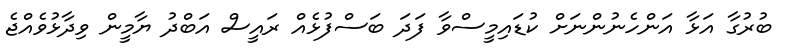
ބުރުގާ އަޅާ އަންހެނުންނަށް ކުޑައިމީސްވާ ފަދަ ބަސްފުޅެއް ރައީސް އަބްދު ޔާމީން ވިދާޅުވެއްޖެ